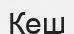
Кеш